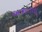
અસતતા